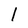
Character: l